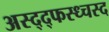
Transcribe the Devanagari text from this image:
अस्द्द्फस्ध्चस्द